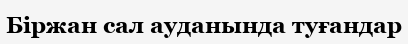
Біржан сал ауданында туғандар